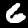
Digit: 6